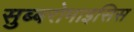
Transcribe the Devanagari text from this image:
सुब्बरोमाइसिस